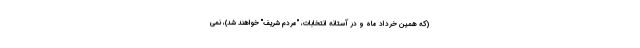
(که همین خرداد ماه و در آستانه انتخابات، "مردم شریف" خواهند شد)، نمی